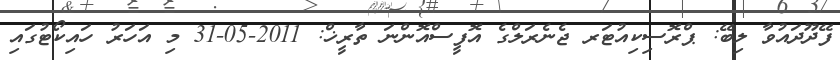
ފޭދޫދައުވާ ލިބޭ: ޕްރޮސިކިއުޓަރ ޖެނެރަލްގެ އޮފީސްއޮންނަ ތާރީޚް: 2011-05-31 މި އަހަރު ހައިކޯޓުގައި